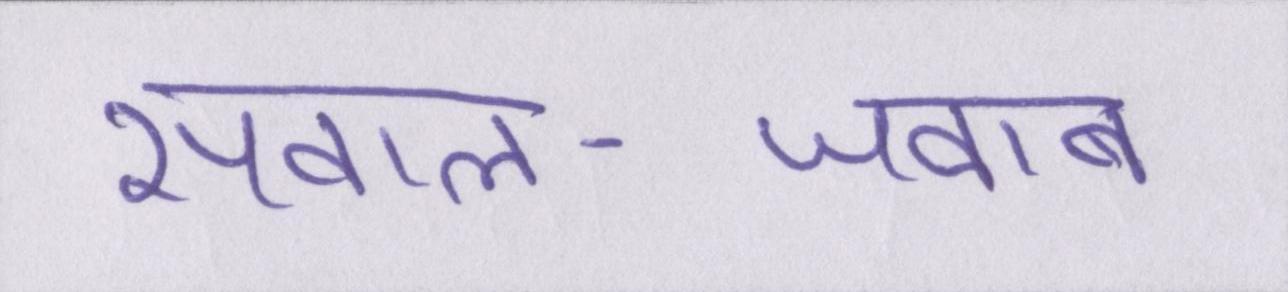
सवाल-जवाब